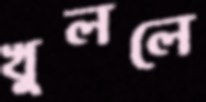
খুললে